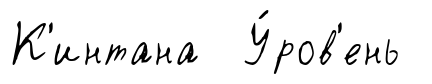
К'интана У́ров'ень